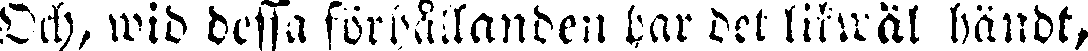
Och, wid dessa förhållanden har det likwäl händt,